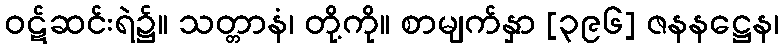
ဝဋ်ဆင်းရဲ၌။ သတ္တာနံ၊ တို့ကို။ စာမျက်နှာ [၃၉၆] ဇနနဋ္ဌေန၊